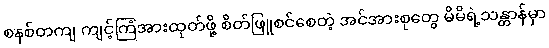
စနစ်တကျ ကျင့်ကြံအားထုတ်ဖို့ စိတ်ဖြူစင်စေတဲ့ အင်အားစုတွေ မိမိရဲ့သန္တာန်မှာ